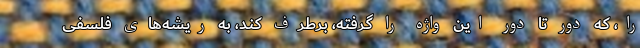
را، که دور تا دور این واژه را گرفته، برطرف کند، به ریشه‌های فلسفی‌